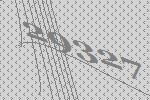
29327